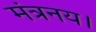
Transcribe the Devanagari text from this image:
मंत्रनय।